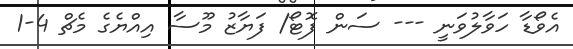
އެވޯޑާ ހަވާލުވަނީ --- ސަން ފޮޓޯ/ ފަޔާޒު މޫސާ އިއްޔެގެ މެޗް 4-1